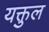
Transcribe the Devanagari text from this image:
यक्तुल